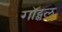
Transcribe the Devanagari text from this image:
गॉट्शल